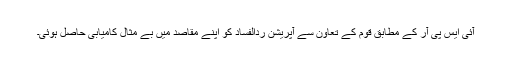
آئی ایس پی آر کے مطابق قوم کے تعاون سے آپریشن ردالفساد کو اپنے مقاصد میں بے مثال کامیابی حاصل ہوئی۔